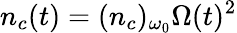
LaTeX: n_{c}(t)=(n_{c})_{\omega_{0}}\Omega(t)^{2}